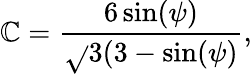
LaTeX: \mathbb{C}=\frac{{6\sin(\psi)}}{{\sqrt{}{{3}}(3-\sin(\psi)}},